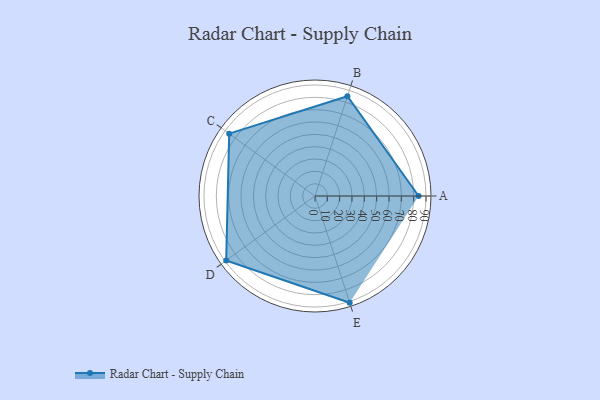
{"axis": {"x": "Skill", "y": "Score"}, "legend": ["Profile"], "data": [{"x": "A", "y": 84.0, "type": "Profile"}, {"x": "B", "y": 85.0, "type": "Profile"}, {"x": "C", "y": 86.0, "type": "Profile"}, {"x": "D", "y": 89.0, "type": "Profile"}, {"x": "E", "y": 91.0, "type": "Profile"}]}